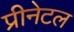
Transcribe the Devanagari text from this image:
प्रीनेटल